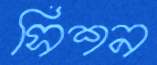
সিশন